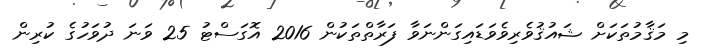
މި މަޤާމުތަކަށް ޝައުޤުވެރިވެވަޑައިގަންނަވާ ފަރާތްތަކުން 2016 އޮގަސްޓު 25 ވަނަ ދުވަހުގެ ކުރިން